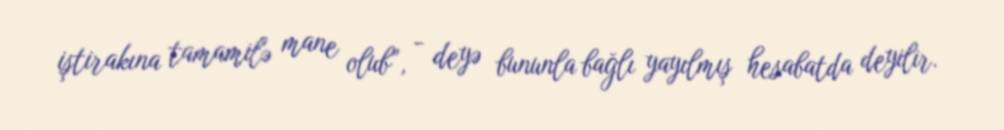
iştirakına tamamilə mane olub”, - deyə bununla bağlı yayılmış hesabatda deyilir.